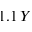
1 . 1 \, Y